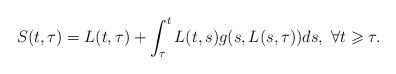
LaTeX: \begin{align*}S(t,\tau) = L(t,\tau)+\int_\tau^t L(t,s)g(s,L(s,\tau))ds,\ \forall t\geqslant\tau.\end{align*}